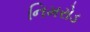
નિમરોડ